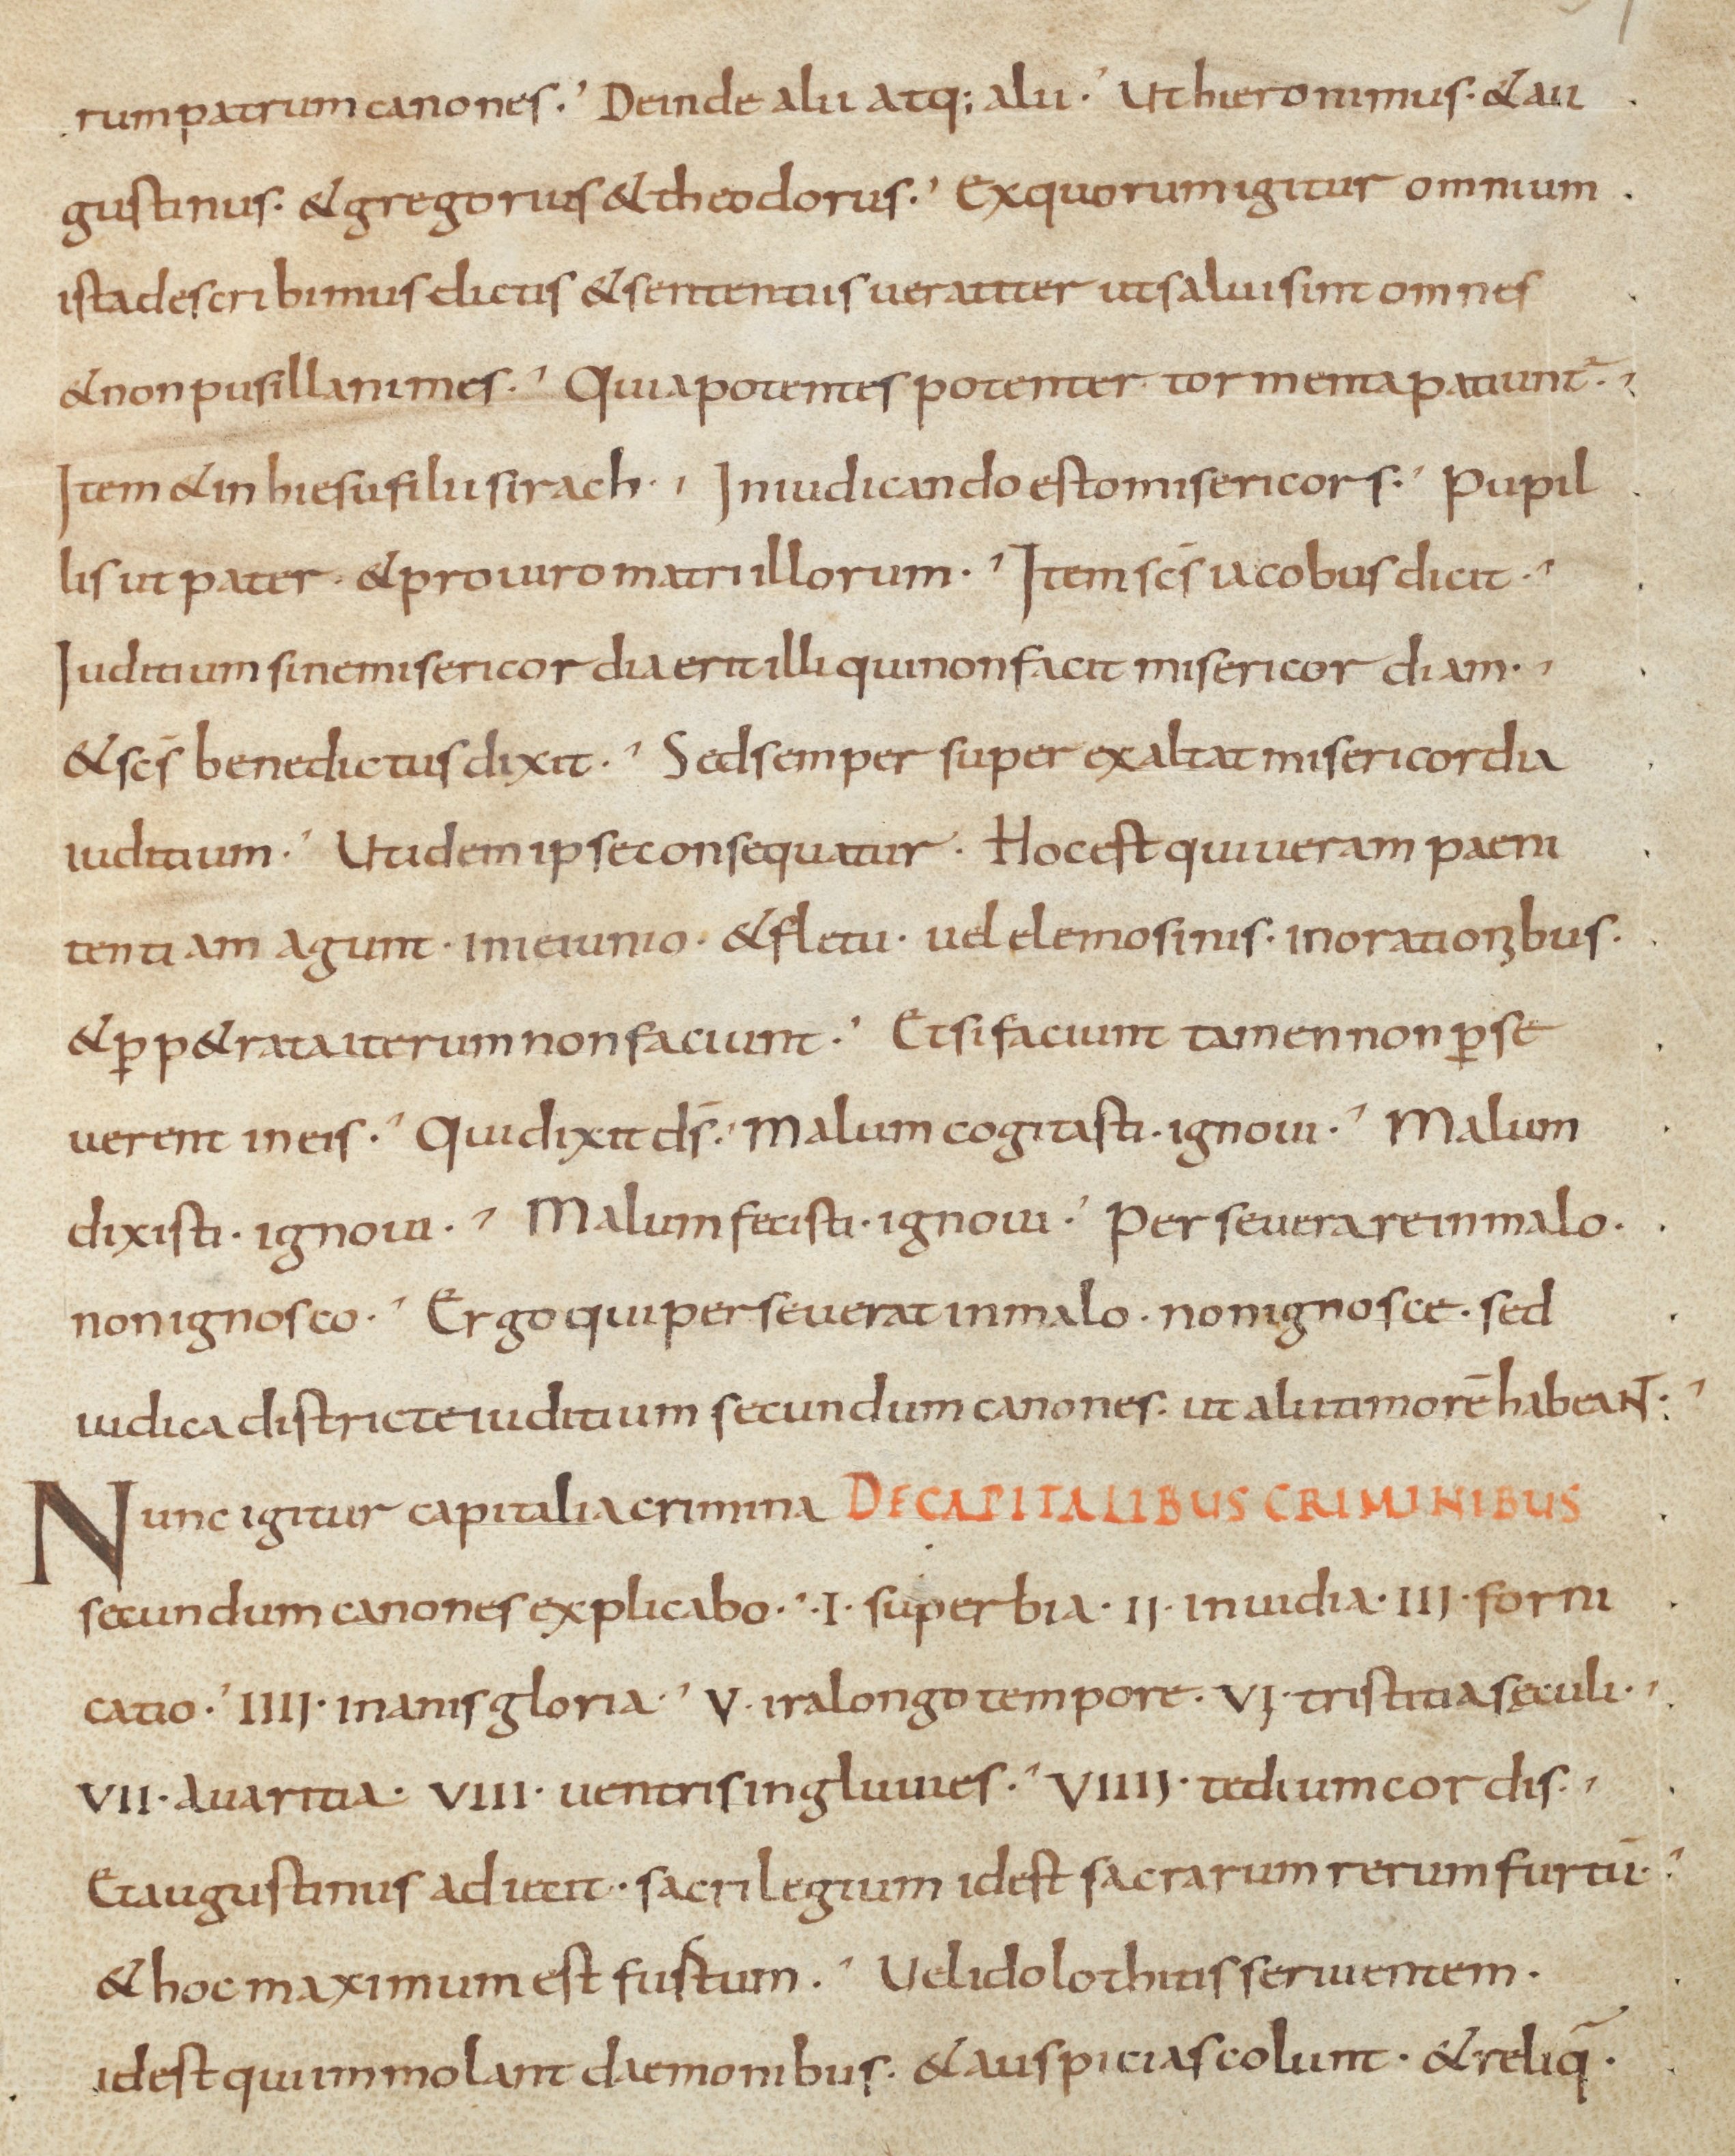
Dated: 900–999